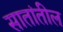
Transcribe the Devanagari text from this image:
सातांतील